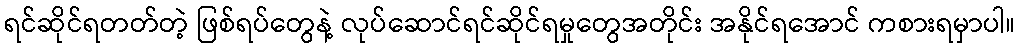
ရင်ဆိုင်ရတတ်တဲ့ ဖြစ်ရပ်တွေနဲ့ လုပ်ဆောင်ရင်ဆိုင်ရမှုတွေအတိုင်း အနိုင်ရအောင် ကစားရမှာပါ။